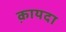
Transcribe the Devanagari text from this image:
क़ायदा